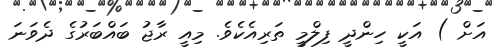
އަށް ) އަކީ ހިންދީ ފިލްމީ ތަރިއެކެވެ. މިއީ ރާޖު ބައްބަރުގެ ދެވަނަ